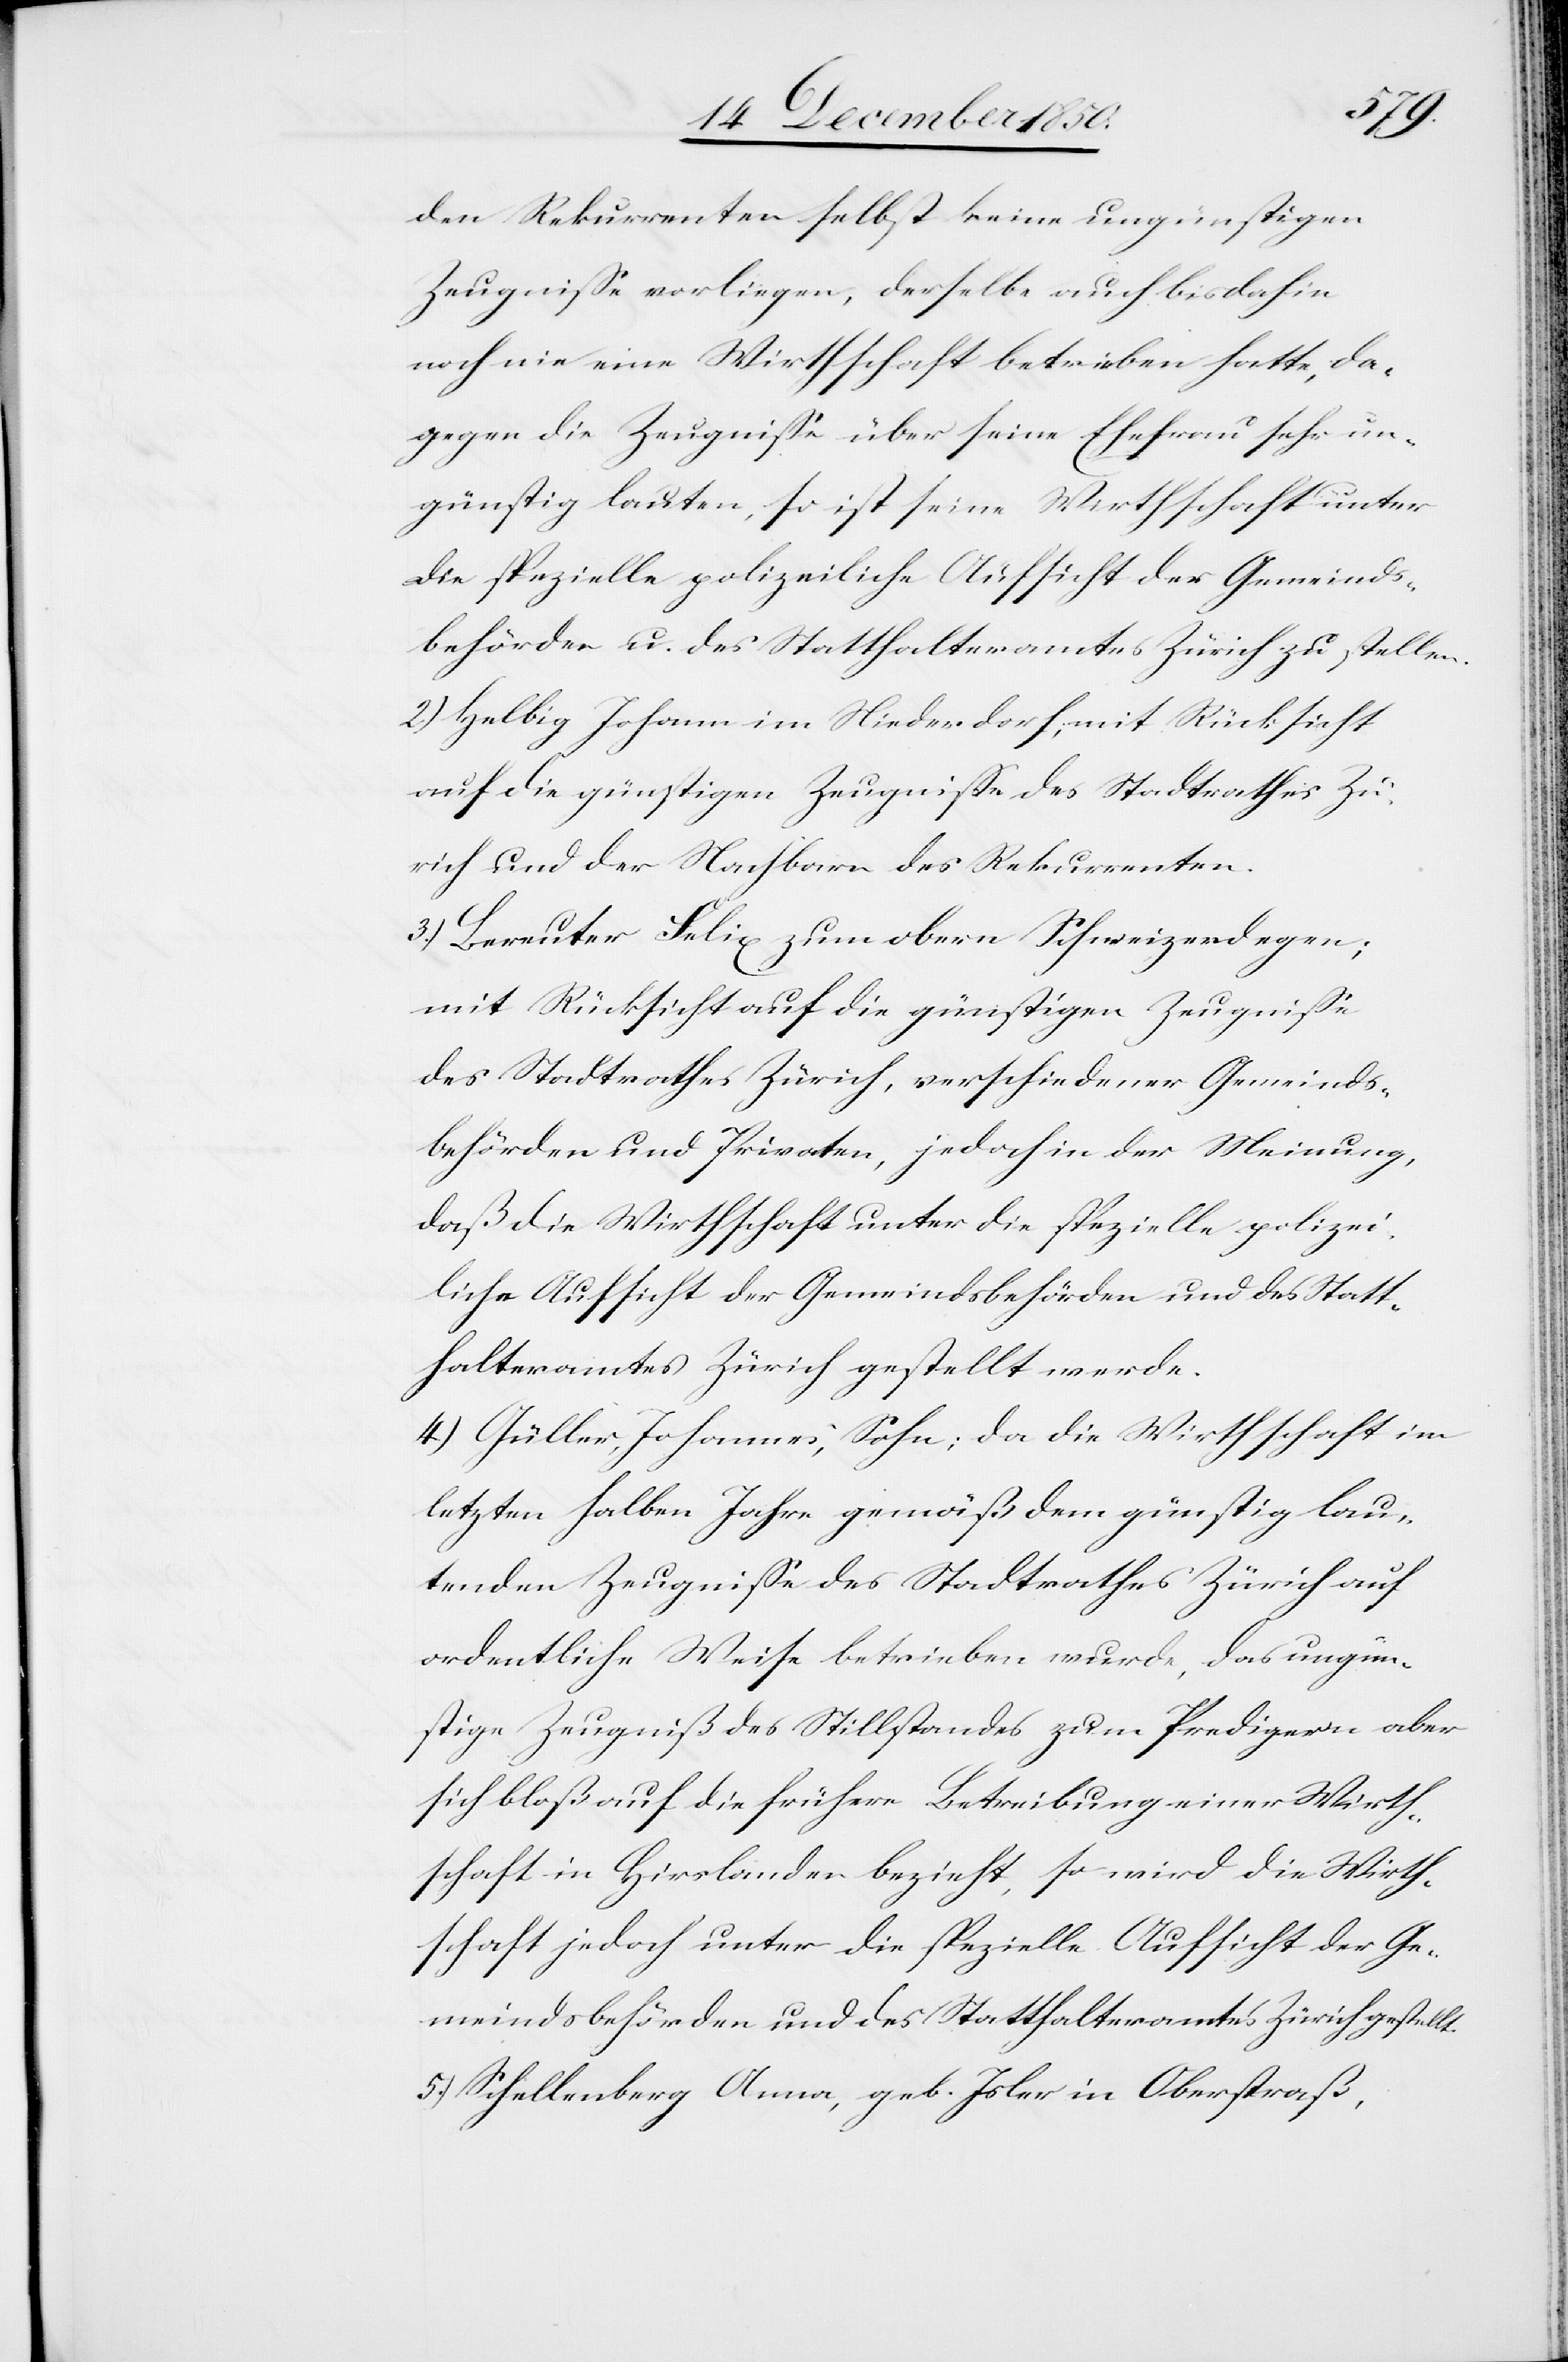
den Rekurrenten selbst keine ungünstigen
Zeugnisse vorliegen, derselbe auch bisdahin
noch nie eine Wirthschaft betrieben hatte, da¬
gegen die Zeugnisse über seine Ehefrau sehr un¬
günstig lauten, so ist seine Wirthschaft unter
die spezielle polizeiliche Aufsicht der Gemeinds¬
behörden u. des Statthalteramtes Zürich zu stellen.
2.) Helbig Johann im Niederdorf, mit Rücksicht
auf die günstigen Zeugnisse des Stadtrathes Zü¬
rich und der Nachbarn des Rekurrenten.
3.) Bereuter Felix zum obern Schweizerdegen;
mit Rücksicht auf die günstigen Zeugnisse
des Stadtrathes Zürich, verschiedener Gemeinds¬
behörden und Privaten, jedoch in der Meinung,
daß die Wirthschaft unter die spezielle polizei¬
liche Aufsicht der Gemeindsbehörden und des Statt¬
halteramtes Zürich gestellt werde.
4) Güller, Johannes, Sohn; da die Wirthschaft im
letzten halben Jahre gemäß dem günstig lau¬
tenden Zeugnisse des Stadtrathes Zürich auf
ordentliche Weise betrieben wurde, das ungün¬
stige Zeugniß des Stillstandes zum Predigern aber
sich bloß auf die frühere Betreibung einer Wirth¬
schaft in Hirslanden bezieht, so wird die Wirth¬
schaft jedoch unter die spezielle Aufsicht der Ge¬
meindsbehörden und des Statthalteramtes Zürich gestellt.
5.) Schellenberg Anne, geb. Isler in Oberstraß,